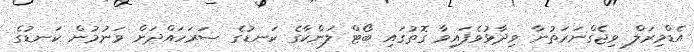
އެޑްމިރަލް ވިޖެގްނަރަތުނާ ވިދާޅުވެފައިވާ ގޮތުގައި ބޯޓް ލަންކާގެ ކަނޑުގެ ސަރަހައްދަށް ވަނުމުން ކަނޑުގެ